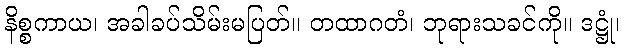
နိစ္စကာယ၊ အခါခပ်သိမ်းမပြတ်။ တထာဂတံ၊ ဘုရားသခင်ကို။ ဒဋ္ဌုံ၊